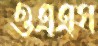
ওএএস